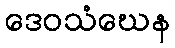
ဒေဝသံဃေန